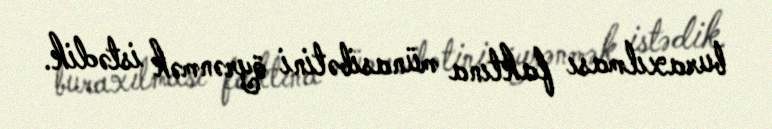
buraxılması faktına münasibətini öyrənmək istədik.